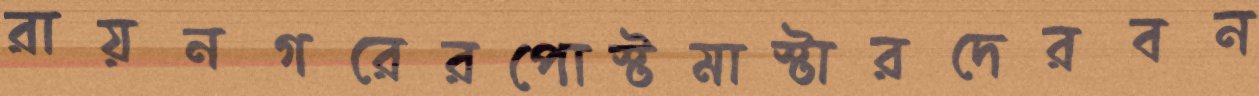
রায়নগরেরপোস্টমাস্টারদেরবন